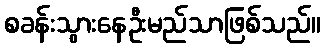
စခန်းသွားနေဦးမည်သာဖြစ်သည်။